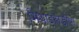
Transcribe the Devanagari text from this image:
मिथाइलडोपा